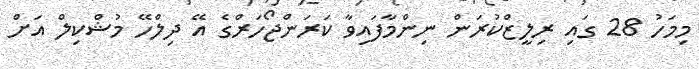
މިމަހު 28 ގައި ރިލީޒްކުރަން ނިންމާފައިވާ ކަރަންޖޯހަރްގެ އޭ ދިލްހޭ މުޝްކިލް އަށް